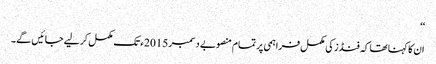
‘‘
ان کا کہنا تھا کہ فنڈز کی مکمل فراہمی پر تمام منصوبے دسمبر 2015ء تک مکمل کر لیے جائیں گے۔